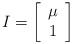
LaTeX: \begin{align*} I=\left[\begin{array}{c} \mu\\ 1\end{array}\right] \end{align*}